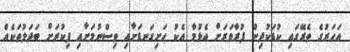
އަހަރުގެ ތެރޭގައި ކުޑަކުދިން ފުރާވަރަށް އެޅުމާ އެކު ހަށިގަނޑަށާއި ވިސްނުމަށާއި ފިކުރަށް ބަދަލުތަކެއް